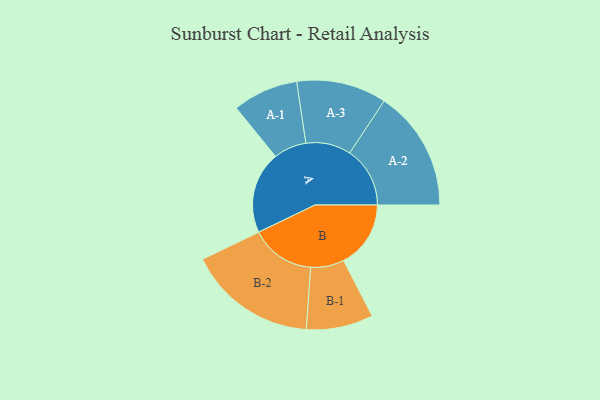
{"axis": {"x": "Segment", "y": "Value"}, "legend": ["", "A", "B"], "data": [{"x": "A", "y": 375, "type": ""}, {"x": "B", "y": 307, "type": ""}, {"x": "A-1", "y": 150, "type": "A"}, {"x": "A-2", "y": 276, "type": "A"}, {"x": "A-3", "y": 206, "type": "A"}, {"x": "B-1", "y": 153, "type": "B"}, {"x": "B-2", "y": 295, "type": "B"}]}